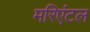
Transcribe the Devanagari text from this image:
मरिएंटल